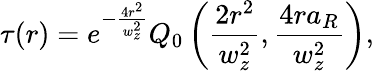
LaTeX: \tau(r)=e^{-\frac{4r^{2}}{w_{z}^{2}}}Q_{0}\left(\frac{2r^{2}}{w_{z}^{2}},\frac{4ra_{R}}{w_{z}^{2}}\right),